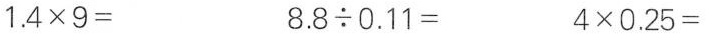
$$1 . 4 \times 9 =$$ $$8 . 8 {\div} 0 . 1 1 =$$ $$4 \times